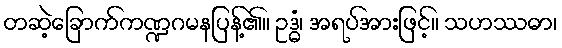
တဆဲ့ခြောက်ကဏ္ဍဂမနပြန့်၏။ ဥဒ္ဓံ၊ အရပ်အားဖြင့်။ သဟဿဓာ၊